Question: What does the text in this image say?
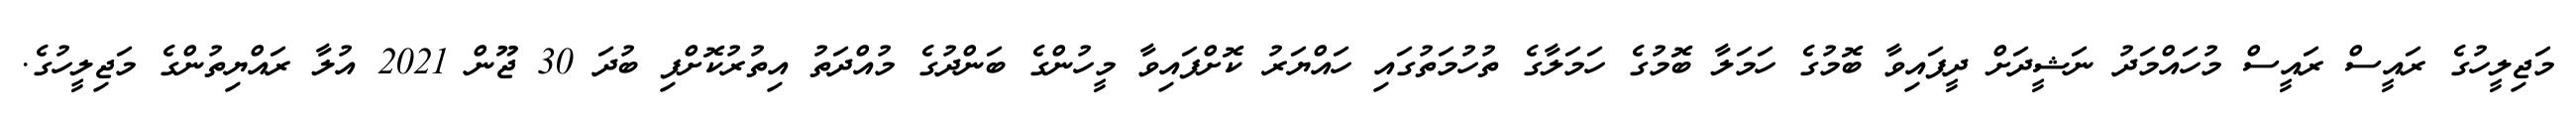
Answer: މަޖިލީހުގެ ރައީސް ރައީސް މުހައްމަދު ނަޝީދަށް ދީފައިވާ ބޮމުގެ ހަމަލާ ބޮމުގެ ހަމަލާގެ ތުހުމަތުގައި ހައްޔަރު ކޮށްފައިވާ މީހުންގެ ބަންދުގެ މުއްދަތު އިތުރުކޮށްފި ބުދަ 30 ޖޫން 2021 އުލާ ރައްޔިތުންގެ މަޖިލީހުގެ.